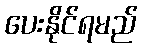
ပေးနိုင်ရမည်